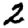
Digit: 2